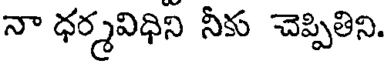
నా ధర్మవిధిని నీకు చెప్పితిని.